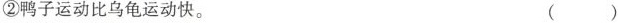
②鸭子运动比乌龟运动快。 ()